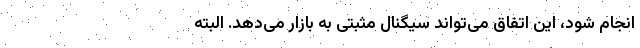
انجام شود، این اتفاق می‌تواند سیگنال مثبتی به بازار می‌دهد. البته